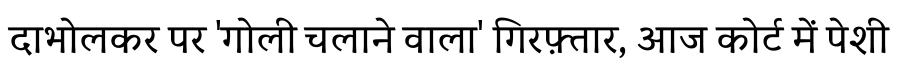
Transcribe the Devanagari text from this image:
दाभोलकर पर 'गोली चलाने वाला' गिरफ़्तार, आज कोर्ट में पेशी